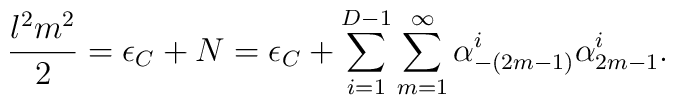
\frac{l^2m^2}{2}=\epsilon_C+N =\epsilon_C + \sum_{i=1}^{D-1}\sum_{m=1}^{\infty}\alpha^i_{-(2m-1)}\alpha^i_{2m-1}.